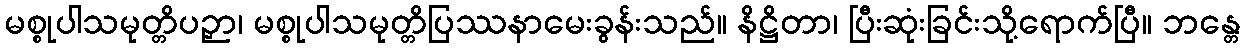
မစ္စုပါသမုတ္တိပဉှာ၊ မစ္စုပါသမုတ္တိပြဿနာမေးခွန်းသည်။ နိဋ္ဌိတာ၊ ပြီးဆုံးခြင်းသို့ရောက်ပြီ။ ဘန္တေ